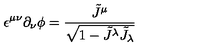
\epsilon ^ { \mu \nu } \partial _ { \nu } \phi = \frac { \tilde { J } ^ { \mu } } { \sqrt { 1 - \tilde { J } ^ { \lambda } \tilde { J } _ { \lambda } } }